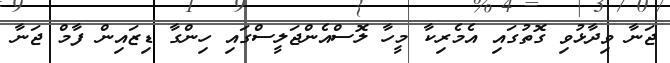
ޖަނާ ވިދާޅުވި ގޮތުގައި އެމެރިކާ މީހާ ލޮސްއެންޖަލީސްގައި ހިންގާ ޑިޒައިން ފާމް ޖަނާ